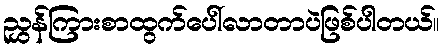
ညွှန်ကြားစာထွက်ပေါ်လာတာပဲဖြစ်ပါတယ်။